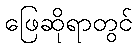
ဖြေဆိုရာတွင်